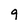
Character: 9